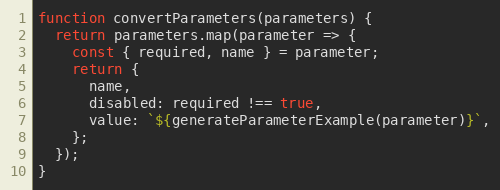
Language: JavaScript
function convertParameters(parameters) {
  return parameters.map(parameter => {
    const { required, name } = parameter;
    return {
      name,
      disabled: required !== true,
      value: `${generateParameterExample(parameter)}`,
    };
  });
}